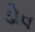
ડોવ